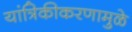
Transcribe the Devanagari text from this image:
यांत्रिकीकरणामुळे